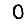
Digit: 0